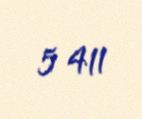
5 411